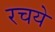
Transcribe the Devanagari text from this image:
रचये